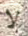
لا